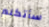
سأتكلم